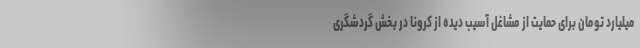
میلیارد تومان برای حمایت از مشاغل آسیب دیده از کرونا در بخش گردشگری